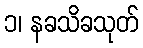
၁၊ နခသိခသုတ်